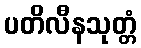
ပတိလီနသုတ္တံ